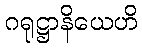
ဂရုဋ္ဌာနိယေဟိ